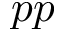
p p